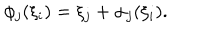
LaTeX: \phi _ { j } ( \xi _ { i } ) = \xi _ { j } + \alpha _ { j } ( \xi _ { i } ) .